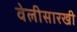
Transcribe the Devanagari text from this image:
वेलीसारखी